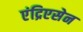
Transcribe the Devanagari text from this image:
एंद्रिएसेन